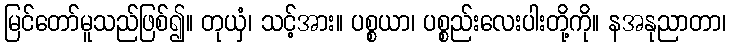
မြင်တော်မူသည်ဖြစ်၍။ တုယှံ၊ သင့်အား။ ပစ္စယာ၊ ပစ္စည်းလေးပါးတို့ကို။ နအနုညာတာ၊